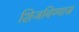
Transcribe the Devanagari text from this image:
शिजविण्यास